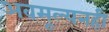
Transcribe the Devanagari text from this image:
अवमूल्यनही